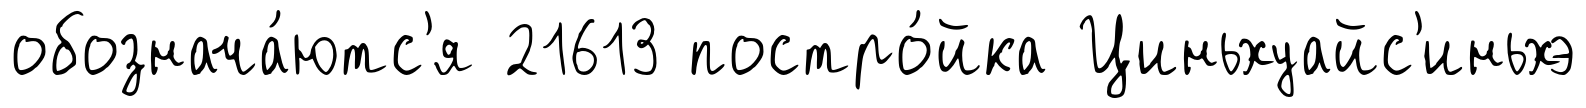
обознача́ютс'я 21613 постро́йка Циньхуайс'иньхэ